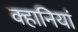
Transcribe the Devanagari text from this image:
क्हानियां